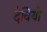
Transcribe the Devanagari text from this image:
देवियो